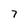
Character: 7